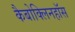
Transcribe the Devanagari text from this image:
कैबोक्लिनहॉस